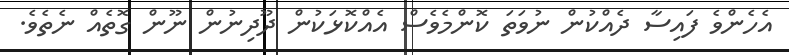
އެހެންވެ ފައިސާ ދެއްކުން ނުވަތަ ކޮންމެވެސް އެއްކޮޅަކުން ދޫދިނުން ނޫން ގޮތެއް ނެތެވެ.